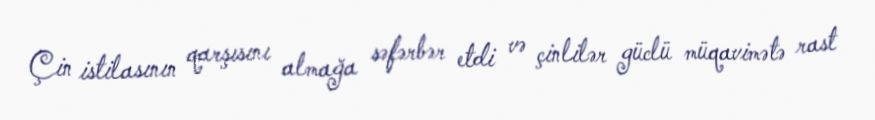
Çin istilasının qarşısını almağa səfərbər etdi və çinlilər güclü müqavimətə rast